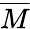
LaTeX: \overline{{M}}